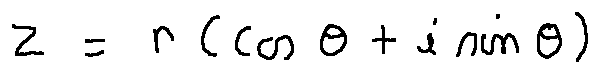
z = r ( \cos \theta + i \sin \theta )